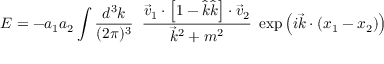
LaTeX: E = - a _ { 1 } a _ { 2 } \int { \frac { d ^ { 3 } k } { ( 2 \pi ) ^ { 3 } } } \; \; { \frac { { \vec { v } } _ { 1 } \cdot \left[ 1 - { \hat { k } } { \hat { k } } \right] \cdot { \vec { v } } _ { 2 } } { { \vec { k } } ^ { 2 } + m ^ { 2 } } } \; \exp \left( i { \vec { k } } \cdot \left( x _ { 1 } - x _ { 2 } \right) \right)